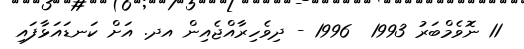
11 ނޮވެމްބަރު 1993  1996 - ދިވެހިރާއްޖެއިން އދ. އަށް ކަނޑައަޅާފައި